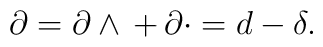
\partial = \partial \wedge \,  + \, \partial \cdot = d-\delta .